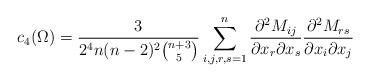
LaTeX: \begin{align*} c_4(\Omega)=\frac{3}{2^4n(n-2)^2 {n+3 \choose 5}} \sum_{i,j,r,s=1}^n \frac{\partial^2 M_{ij}}{\partial x_r \partial x_s } \frac{\partial^2 M_{rs}}{\partial x_i \partial x_j} \end{align*}